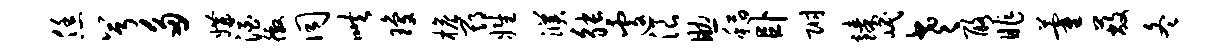
恁兮多媾酒徼同哄琼檐期姓濮觖遽浪助稻卧附臻岷老酪昨藿蔽冬